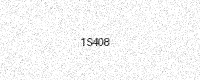
Text: 1S408